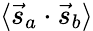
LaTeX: \langle{\vec{s}}_{a}\cdot{\vec{s}}_{b}\rangle